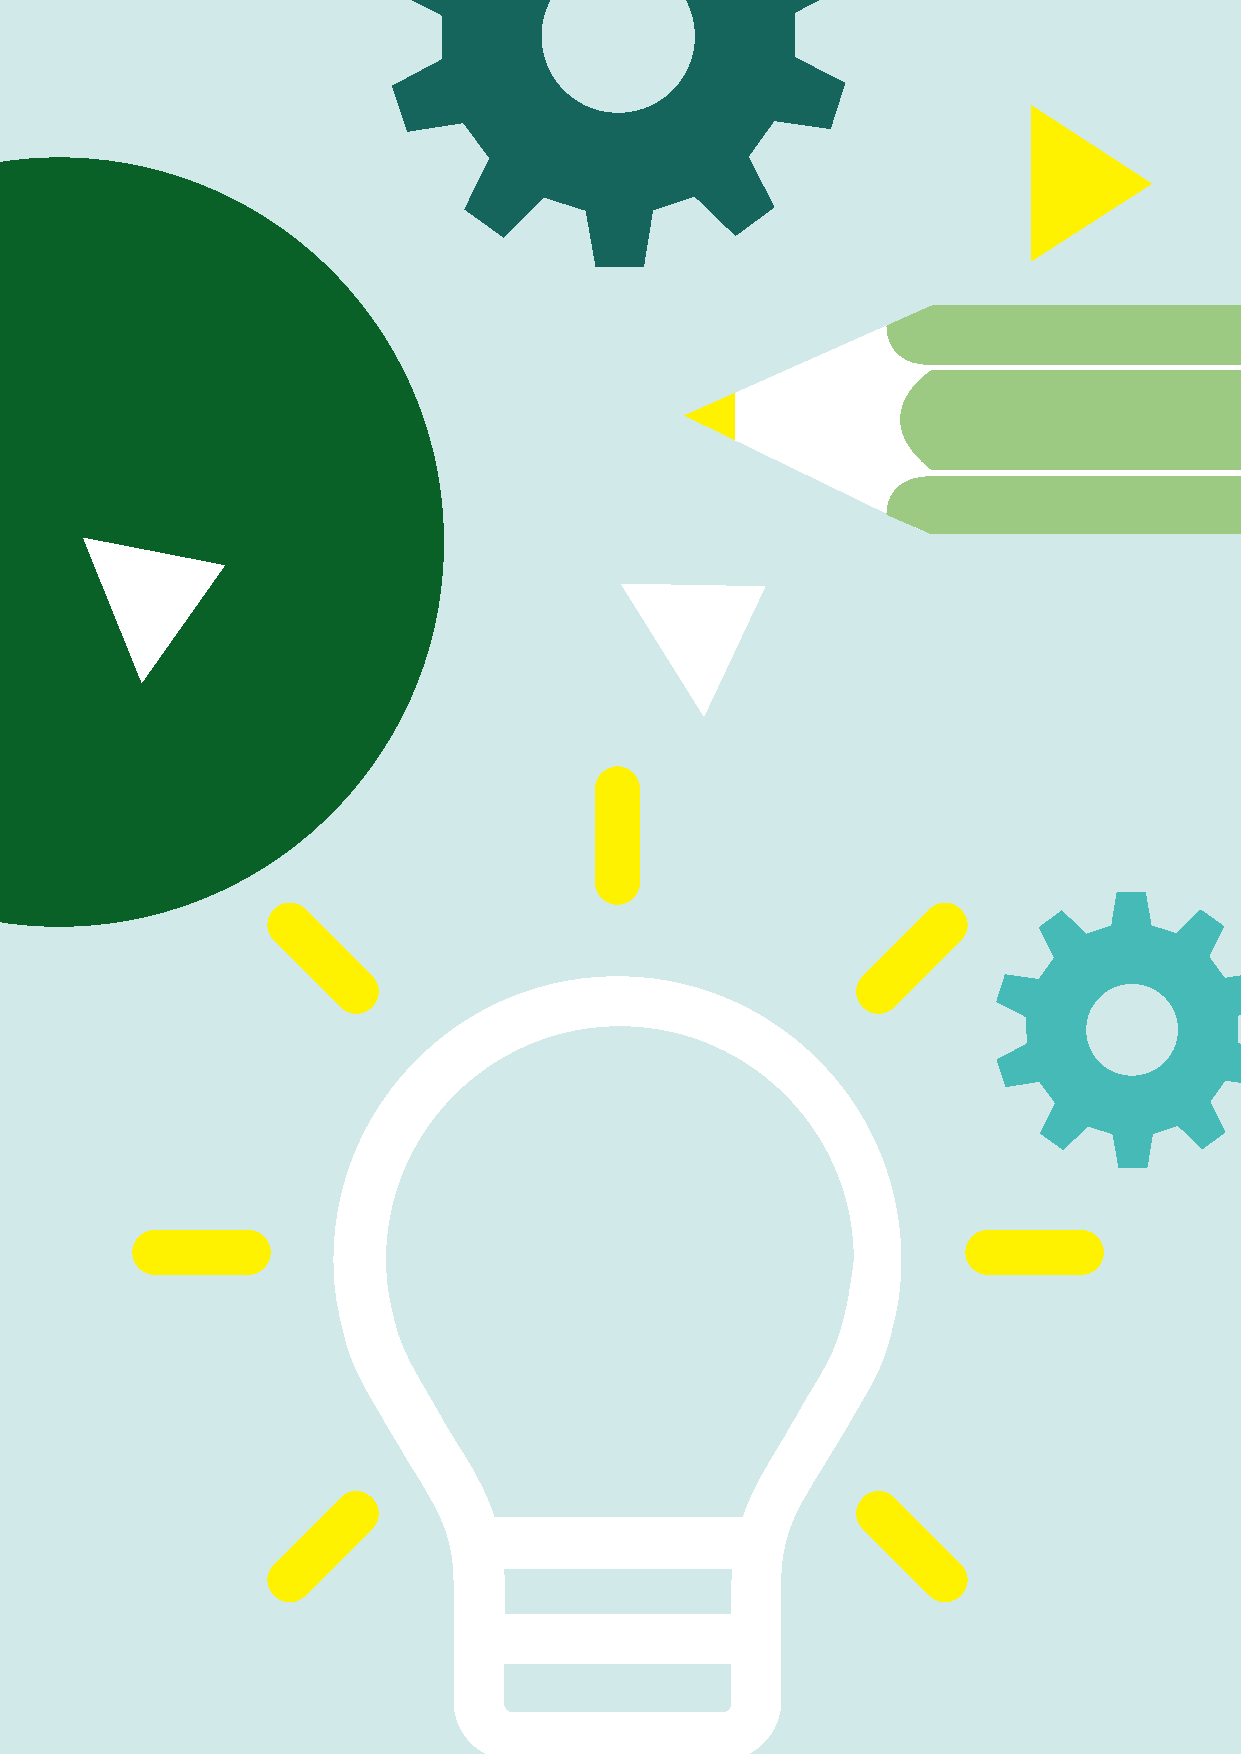
ETB_Gofurther_10_revised.indd 2                                           03/10/2019 08:54